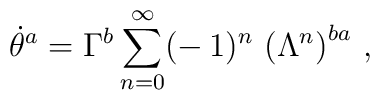
\dot\theta^a=\Gamma^b\sum_{n=0}^\infty(-\,1)^n\,\left(\Lambda^n\right)^{ba}\,,